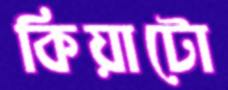
কিয়াটো